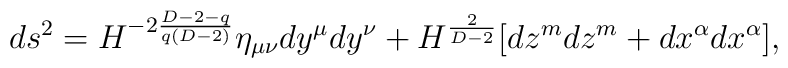
ds^{2}=H^{-2\frac{D-2-q}{q(D-2)}}\eta _{\mu \nu} dy^{\mu} dy^{\nu}+H^{\frac{2}{D-2}}[dz^{m}dz^{m}+dx^{\alpha}dx^{\alpha}],